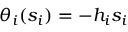
\theta _ { i } ( s _ { i } ) = - h _ { i } s _ { i }